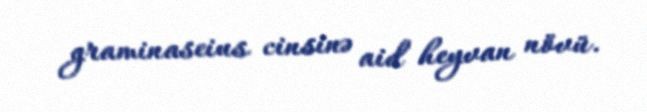
graminaseius cinsinə aid heyvan növü.